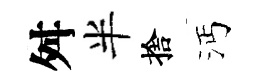
舛半捨沔